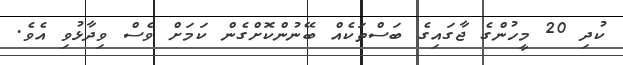
ކުދި 20 މީހުންގެ ޖާގައިގެ ބަސްތަކެއް ބޭނުންކޮށްގެން ކަމަށް ވެސް ވިދާޅުވި އެވެ.